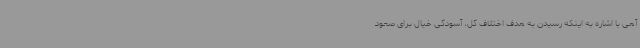
آهی با اشاره به اینکه رسیدن به هدف اختلاف گل، آسودگی خیال برای صعود